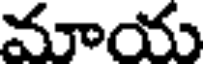
మాయ